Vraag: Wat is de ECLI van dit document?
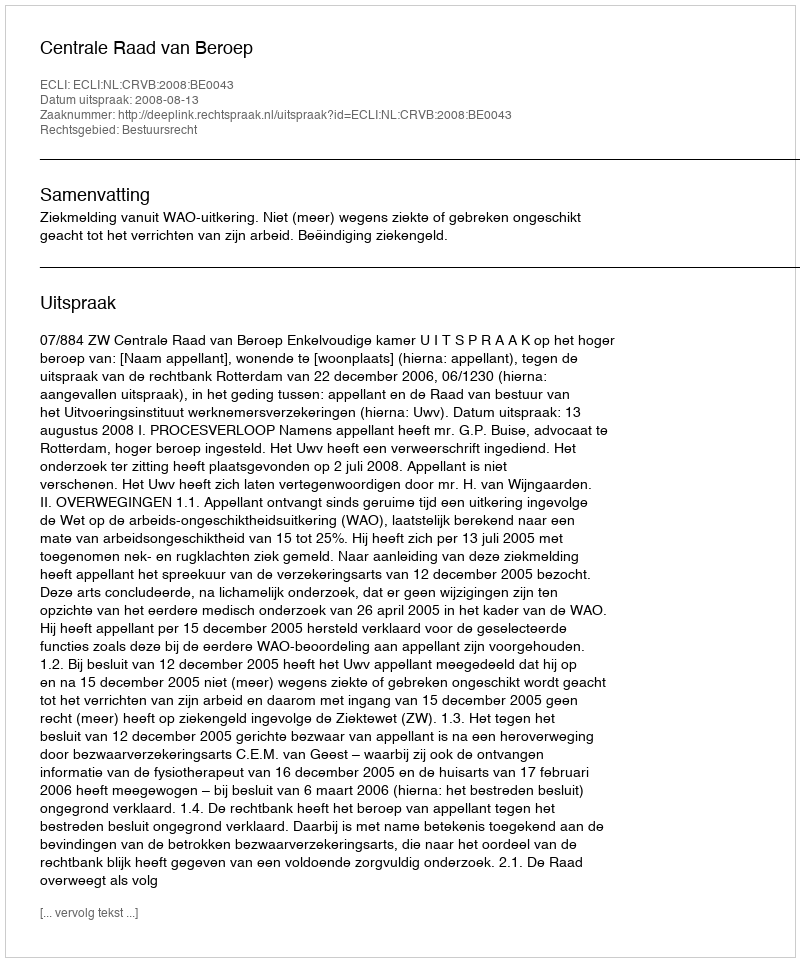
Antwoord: ECLI:NL:CRVB:2008:BE0043